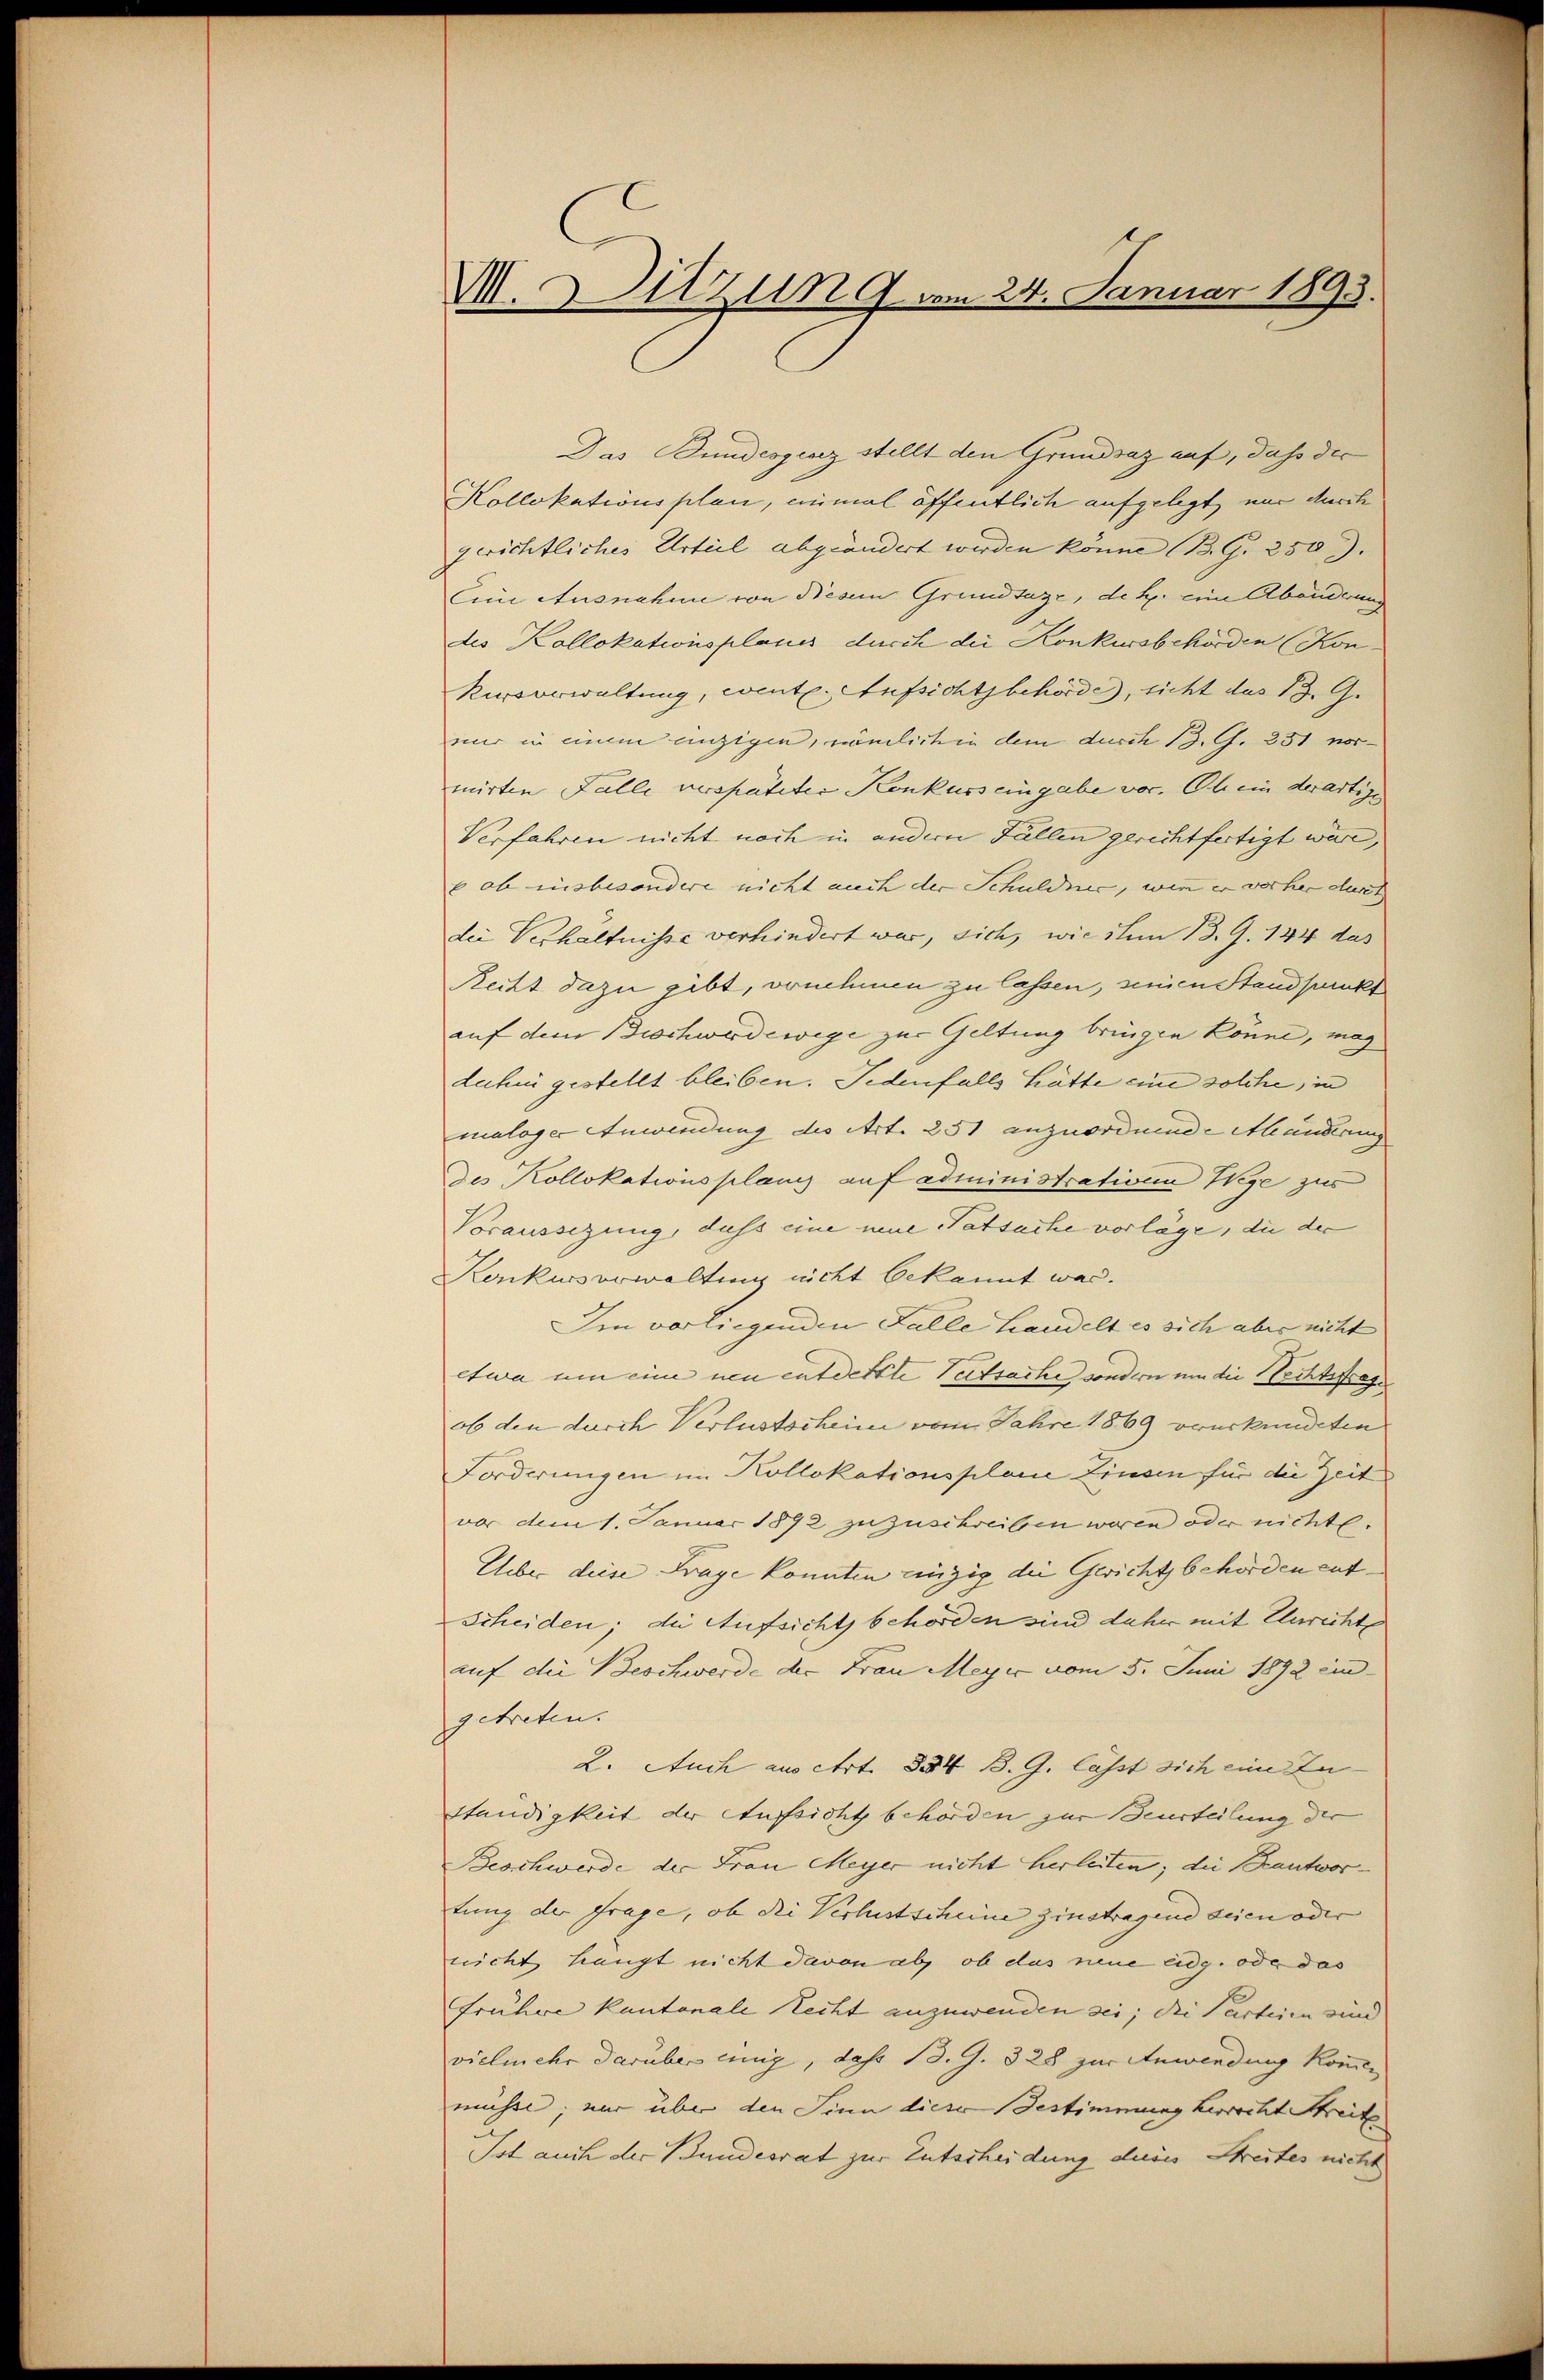
M. Sitzung am 24. Januar 1893.

Das Bundesgenz stellt den Grundsaz auf, daß der
Kollokationsplan, einmal öffentlich aufgelegt, nur durch
gerichtliches Urteil abgeändert werden könne (B. G. 250.
Eine Ausnahme von Niesem Grundsaze, de R. eine Abänderun
des Kollokationsplanes durch die Konkursbehörden (Konkursverwaltung, wente. Aufsichtsbehörde, sicht das 13. G.
nur in einem einzigen, nämlich in dem durch 13. G. 251 normirten Falle verspäteter Konkurs eingabe vor. Ob ein derartige
Verfahren nicht noch in andern Fällen gerichtfertigt wäre,
 ob insbesondere nicht auch der Schuldner, wie er vorher durch
die Verhältnisse verhindert war, sich, wie dem 13. 9. 144 das
Recht dazu gibt, vornehmen zu lassen, einen Standpunkt
auf dem Bischwerdewege zur Geltung bringen könne, mag
dahin gestellt bleiben. Jedenfalls hätte eine solche, in
maloger Anwendung des Art. 251 anzuordnende Abänderung
Des Kollokationsplanz auf administratione Wege zur
Voraussezung, dass eine neue Tatsache vorläge, die der
Konkurs erwaltung nicht bekannt war.
Im vorliegenden Falle Handelt es sich aber nicht
etwa um eine neu entdeckte Tatsache sondern um die Rechtsfrage
ob den durch Verlustschein vom Jahre 1869 verurkundeten
Forderungen im Kollokationsplanie Zinsen für die Zeit
vor dem 1. Januar 1892 zuzuschreiben wären oder nichte.
Uber diese Frage konnten einzig die Gerichtsbehörden ent¬
Scheiden; die Aufsichts behörden sind daher mit Unrechte
auf die Beschwerde der Frau Meyer vom 5. Juni 1892 ein
getreten.
2. Auch aus Art. 884. B. G. lässt sich eine Zu- |
ständigkeit der Aufsicht behörden zur Beurteilung der
Beschwerde der Frau Meyer nicht herleiten; die Beantwor-
tung der Frage, ob die Verlustscheine zinstragend seien oder |
nicht haupt nicht davon ab, ob das neue eidg. ode das
Frühre Kantonale Recht anzuwenden sei; die Parteien sind
vielmehr darüber einig, das 13. G. 328 zur Anwendung kommen
müchte, nur über den Sinn dieser Bestimmung herrecht Streite
Ist auch der Bundesrat zur Entscheidung deres Streites nicht